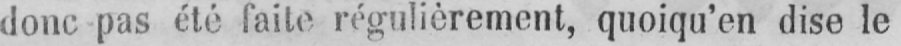
donc pas été faite régulièrement, quoiqu’en dise le